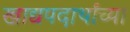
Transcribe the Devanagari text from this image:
खाद्यपदार्थांच्या